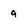
Character: 9